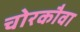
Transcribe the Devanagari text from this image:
चोरकौवा